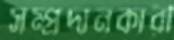
সম্প্রদানকারী